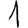
Digit: 1